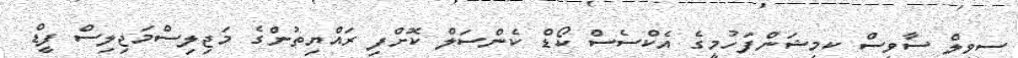
ސިވިލް ސާވިސް ކމިޝަންފަހުމީގެ އެކްސެސް ކޯޑް ކެންސަލް ކޮށްފި ރައްޔިތުންގެ މަޖިލިސްމަޖިލިސް ފީޑް